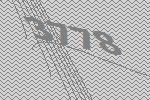
3778